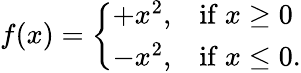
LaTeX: f(x)={\left\{ \begin{array}{ll}{+x^{2},}&{{\mathrm{if~}}x\geq 0}\\ {-x^{2},}&{{\mathrm{if~}}x\leq 0.}\end{array}\right.}